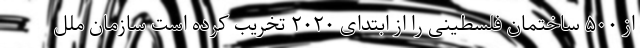
از ۵۰۰ ساختمان فلسطینی را از ابتدای ۲۰۲۰ تخریب کرده است سازمان ملل